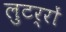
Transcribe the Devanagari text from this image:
लुटर्रों